Madras plague regulations and rules - Volume 2
Disease focus: Plague
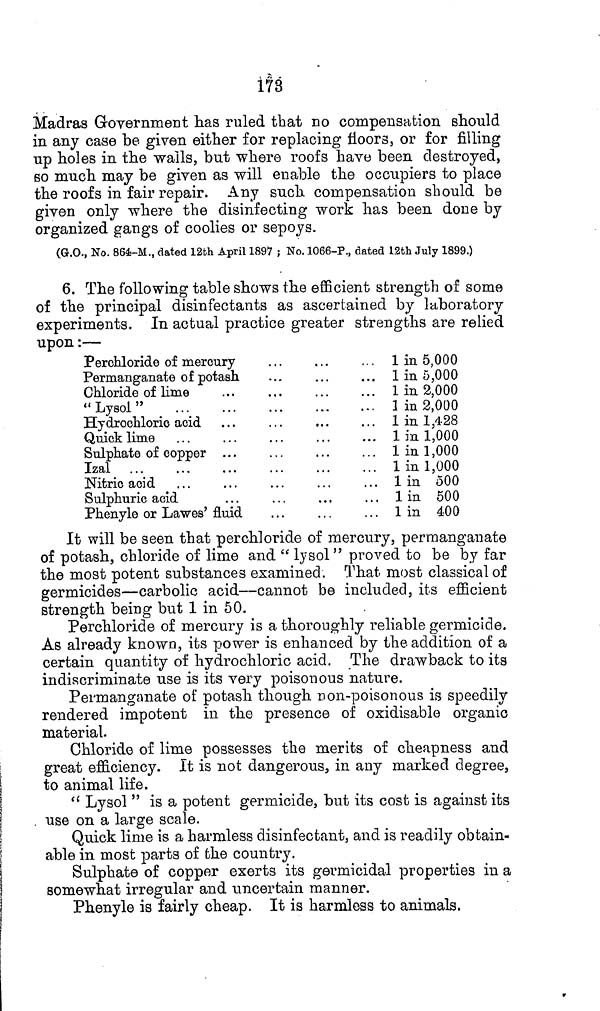
173
Madras Government has ruled that no compensation should
in any case be given either for replacing floors, or for filling
up holes in the walls, but where roofs have been destroyed,
so much may be given as will enable the occupiers to place
the roofs in fair repair. Any such compensation should be
given only where the disinfecting work has been done by
organized gangs of coolies or sepoys.
(G.O., No. 864-M., dated 12th April 1897 ; No. 1066-P., dated 12th July 1899.)
6. The following table shows the efficient strength of some
of the principal disinfectants as ascertained by laboratory
experiments. In actual practice greater strengths are relied
upon:—
Perohloride of mercury
Permanganate of potash
Chloride of lime
"Lysol"
Hydrochloric acid
Quick lime
Sulphate of copper ...
Izal ...
Nitric acid
Sulphuric acid
Phenyle or Lawes' fluid
1 in 5,000
1 in 5,000
1 in 2,000
1 in 2,000
1 in 1,428
1 in 1,000
1 in 1,000
1 in 1,000
1 in 500
1 in 500
1 in 400
It will be seen that perchloride of mercury, permanganate
of potash, chloride of lime and " lysol" proved to be by far
the most potent substances examined. That most classical of
germicides—carbolic acid—cannot be included, its efficient
strength being but 1 in 50.
Perchloride of mercury is a thoroughly reliable germicide.
As already known, its power is enhanced by the addition of a
certain quantity of hydrochloric acid. The drawback to its
indiscriminate use is its very poisonous nature.
Permanganate of potash though non-poisonous is speedily
rendered impotent in the presence of oxidisable organic
material.
Chloride of lime possesses the merits of cheapness and
great efficiency. It is not dangerous, in any marked degree,
to animal life.
" Lysol " is a potent germicide, but its cost is against its
use on a large scale.
Quick lime is a harmless disinfectant, and is readily obtain-
able in most parts of the country.
Sulphate of copper exerts its germicidal properties in a
somewhat irregular and uncertain manner.
Phenyle is fairly cheap. It is harmless to animals,